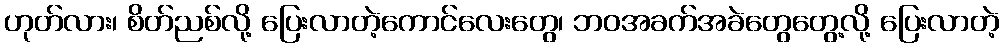
ဟုတ်လား၊ စိတ်ညစ်လို့ ပြေးလာတဲ့ကောင်လေးတွေ၊ ဘဝအခက်အခဲတွေတွေ့လို့ ပြေးလာတဲ့